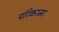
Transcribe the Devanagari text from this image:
परिकरमा